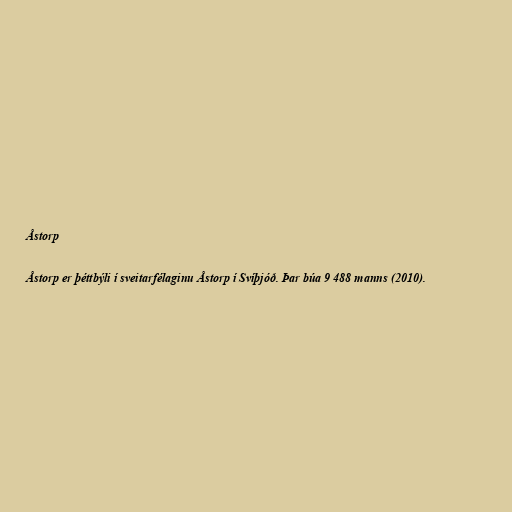
Åstorp

Åstorp er þéttbýli í sveitarfélaginu Åstorp í Svíþjóð. Þar búa 9 488 manns (2010).